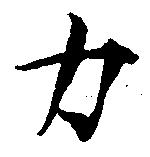
力